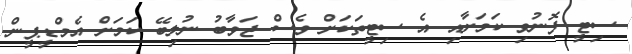
ސިޓީ ފޮނުވި ކަމަށާއި އެ ސިޓީތަކަށް ވެސް ޖަވާބު ނުލިބޭ ކަމަށް އެމްޑީޕީން